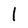
Character: I